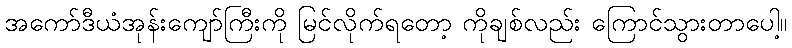
အကော်ဒီယံအုန်းကျော်ကြီးကို မြင်လိုက်ရတော့ ကိုချစ်လည်း ကြောင်သွားတာပေါ့။